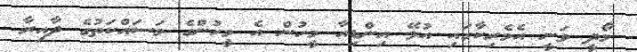
މޯދީ ވަނީ އެމެރިކާގައި އުޅޭ އިންޑިއާ މީހުން އެ މީހުންގެ މަސައްކަތުގެ ދާއިރާ